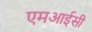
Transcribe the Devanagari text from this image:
एमआईसी